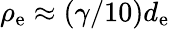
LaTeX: \rho_{\mathrm{e}}\approx(\gamma/10)d_{\mathrm{e}}